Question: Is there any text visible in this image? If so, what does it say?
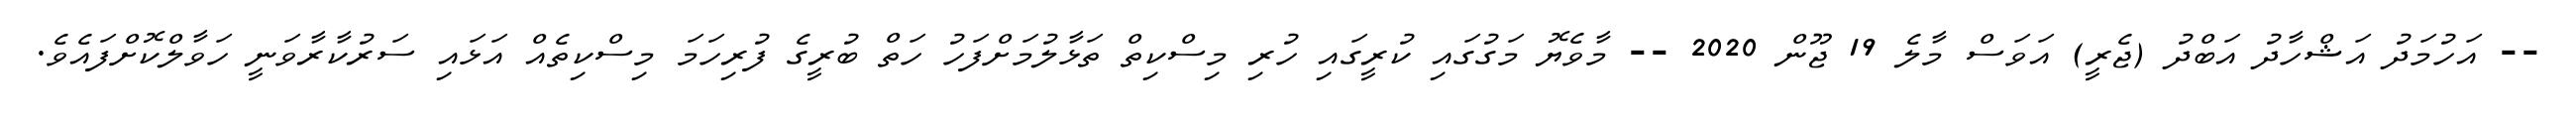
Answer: -- އަހުމަދު އަޝްހާދު އަބްދު (ޖެރީ) އަވަސް މާލެ 19 ޖޫން 2020 -- މާވެޔޮ މަގުގައި ކުރީގައި ހުރި މިސްކިތް ތަޅާލުމަށްފަހު ހަތް ބުރީގެ ފުރިހަމަ މިސްކިތެއް އަޅައި ސަރުކާރާވަނީ ހަވާލްކޮށްފައެވެ.